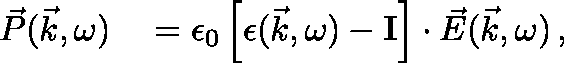
\begin{array} { r l } { \vec { P } ( \vec { k } , \omega ) } & { { } = \epsilon _ { 0 } \left[ \mathbf { \epsilon } ( \vec { k } , \omega ) - \mathbf { I } \right] \cdot \vec { E } ( \vec { k } , \omega ) \, , } \end{array}